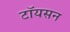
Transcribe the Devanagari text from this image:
टॉयसन